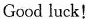
Good luck!